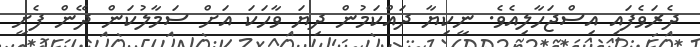
ދެރަވެފައި އިސްޖަހާލިއެވެ. ނީކިޔާ ދައްކަމުން ދިޔަ ވާހަކަ އަށް ސަމާލުކަން ދޭން ފެށީ